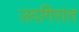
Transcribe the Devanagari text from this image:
उदगिरात